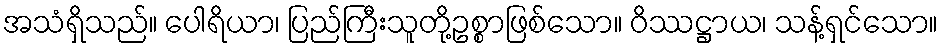
အသံရှိသည်။ ပေါရိယာ၊ ပြည်ကြီးသူတို့ဥစ္စာဖြစ်သော။ ဝိဿဋ္ဌာယ၊ သန့်ရှင်သော။